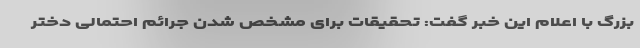
بزرگ با اعلام این خبر گفت: تحقیقات برای مشخص شدن جرائم احتمالی دختر